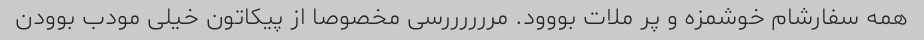
همه سفارشام خوشمزه و پر ملات بووود. مررررررسی مخصوصا از پیکاتون خیلی مودب بوودن